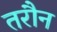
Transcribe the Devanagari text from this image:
तरौन